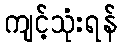
ကျင့်သုံးရန်